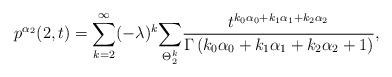
LaTeX: \begin{align*}p^{\alpha_2}(2,t)=\sum_{k=2}^{\infty}(-\lambda)^k\underset{\Theta^{k}_{2}}{\sum}\frac{t^{k_0\alpha_0+k_1\alpha_1+k_2\alpha_2}}{\Gamma\left(k_0\alpha_0+k_1\alpha_1+k_2\alpha_2+1\right)},\end{align*}